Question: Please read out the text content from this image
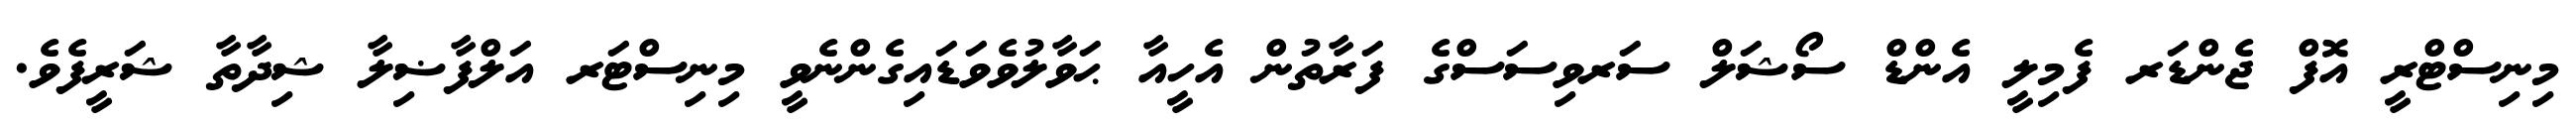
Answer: މިނިސްޓްރީ އޮފް ޖެންޑަރ ފެމިލީ އެންޑް ސޯޝަލް ސަރވިސަސްގެ ފަރާތުން އެހީއާ ޙަވާލުވެވަޑައިގެންނެވީ މިނިސްޓަރ އަލްފާޟިލާ ޝިދާތާ ޝަރީފެވެ.